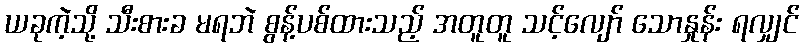
ယခုကဲ့သို့ သီးစားခ မရဘဲ စွန့်ပစ်ထားသည့် အတူတူ သင့်လျော် သောနှုန်း ရလျှင်